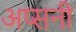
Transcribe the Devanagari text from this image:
अप्सनी